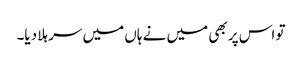
تو اس پر بھی میں نے ہاں میں سر ہلا دیا۔